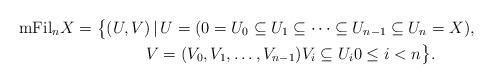
LaTeX: \begin{gather*}\mathrm{mFil}_nX= \bigl\{(U,V) \, | \, U = (0=U_0\subseteq U_1\subseteq \dots \subseteq U_{n-1}\subseteq U_n=X ), \\\hphantom{\mathrm{mFil}_nX= \bigl\{}{} V = (V_0, V_1, \dots, V_{n-1} ) V_i\subseteq U_i 0\le i < n \bigr\} .\end{gather*}